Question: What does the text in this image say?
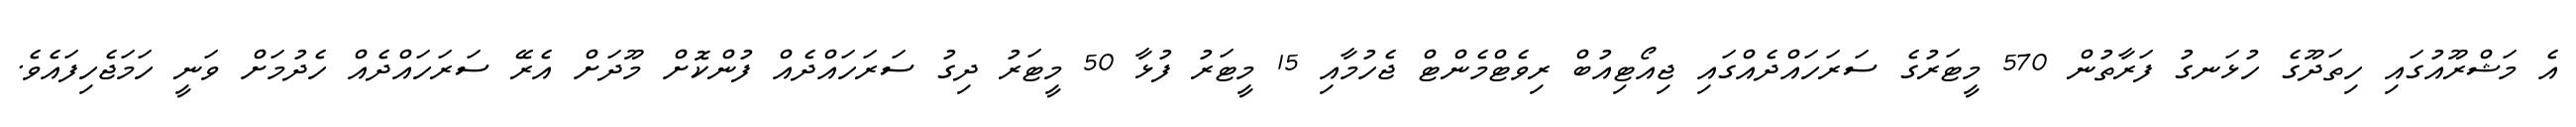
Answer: އެ މަޝްރޫއުގައި ހިތަދޫގެ ހުޅަނގު ފަރާތުން 570 މީޓަރުގެ ސަރަހައްދެއްގައި ޖިއޯޓިއުބް ރިވެޓްމެންޓް ޖެހުމާއި 15 މީޓަރު ފުޅާ 50 މީޓަރު ދިގު ސަރަހައްދެއް ފުންކޮށް މޫދަށް އެރޭ ސަރަހައްދެއް ހެދުމަށް ވަނީ ހަމަޖެހިފައެވެ.